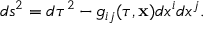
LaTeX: d s ^ { 2 } = d \tau ^ { 2 } - g _ { i j } ( \tau , { \bf x } ) d x ^ { i } d x ^ { j } .